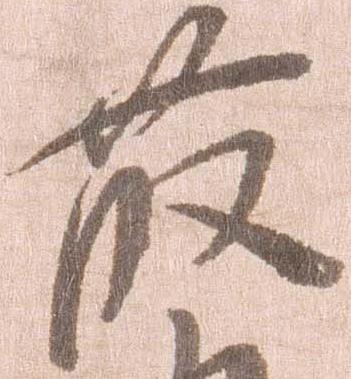
藤